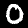
Label: 0